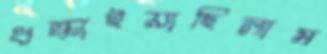
ধস্‌কাইয়াছিলাম